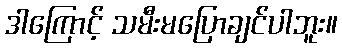
ဒါကြောင့် သမီးမပြောချင်ပါဘူး။